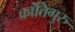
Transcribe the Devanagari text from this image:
क्रांतिगुरु